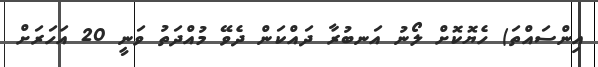
އިންސައްތަ) ހެޔޮކޮށް ލޯނު އަނބުރާ ދައްކަން ދެވޭ މުއްދަތު ވަނީ 20 އަހަރަށް